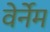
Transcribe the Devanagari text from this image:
वेर्नेम